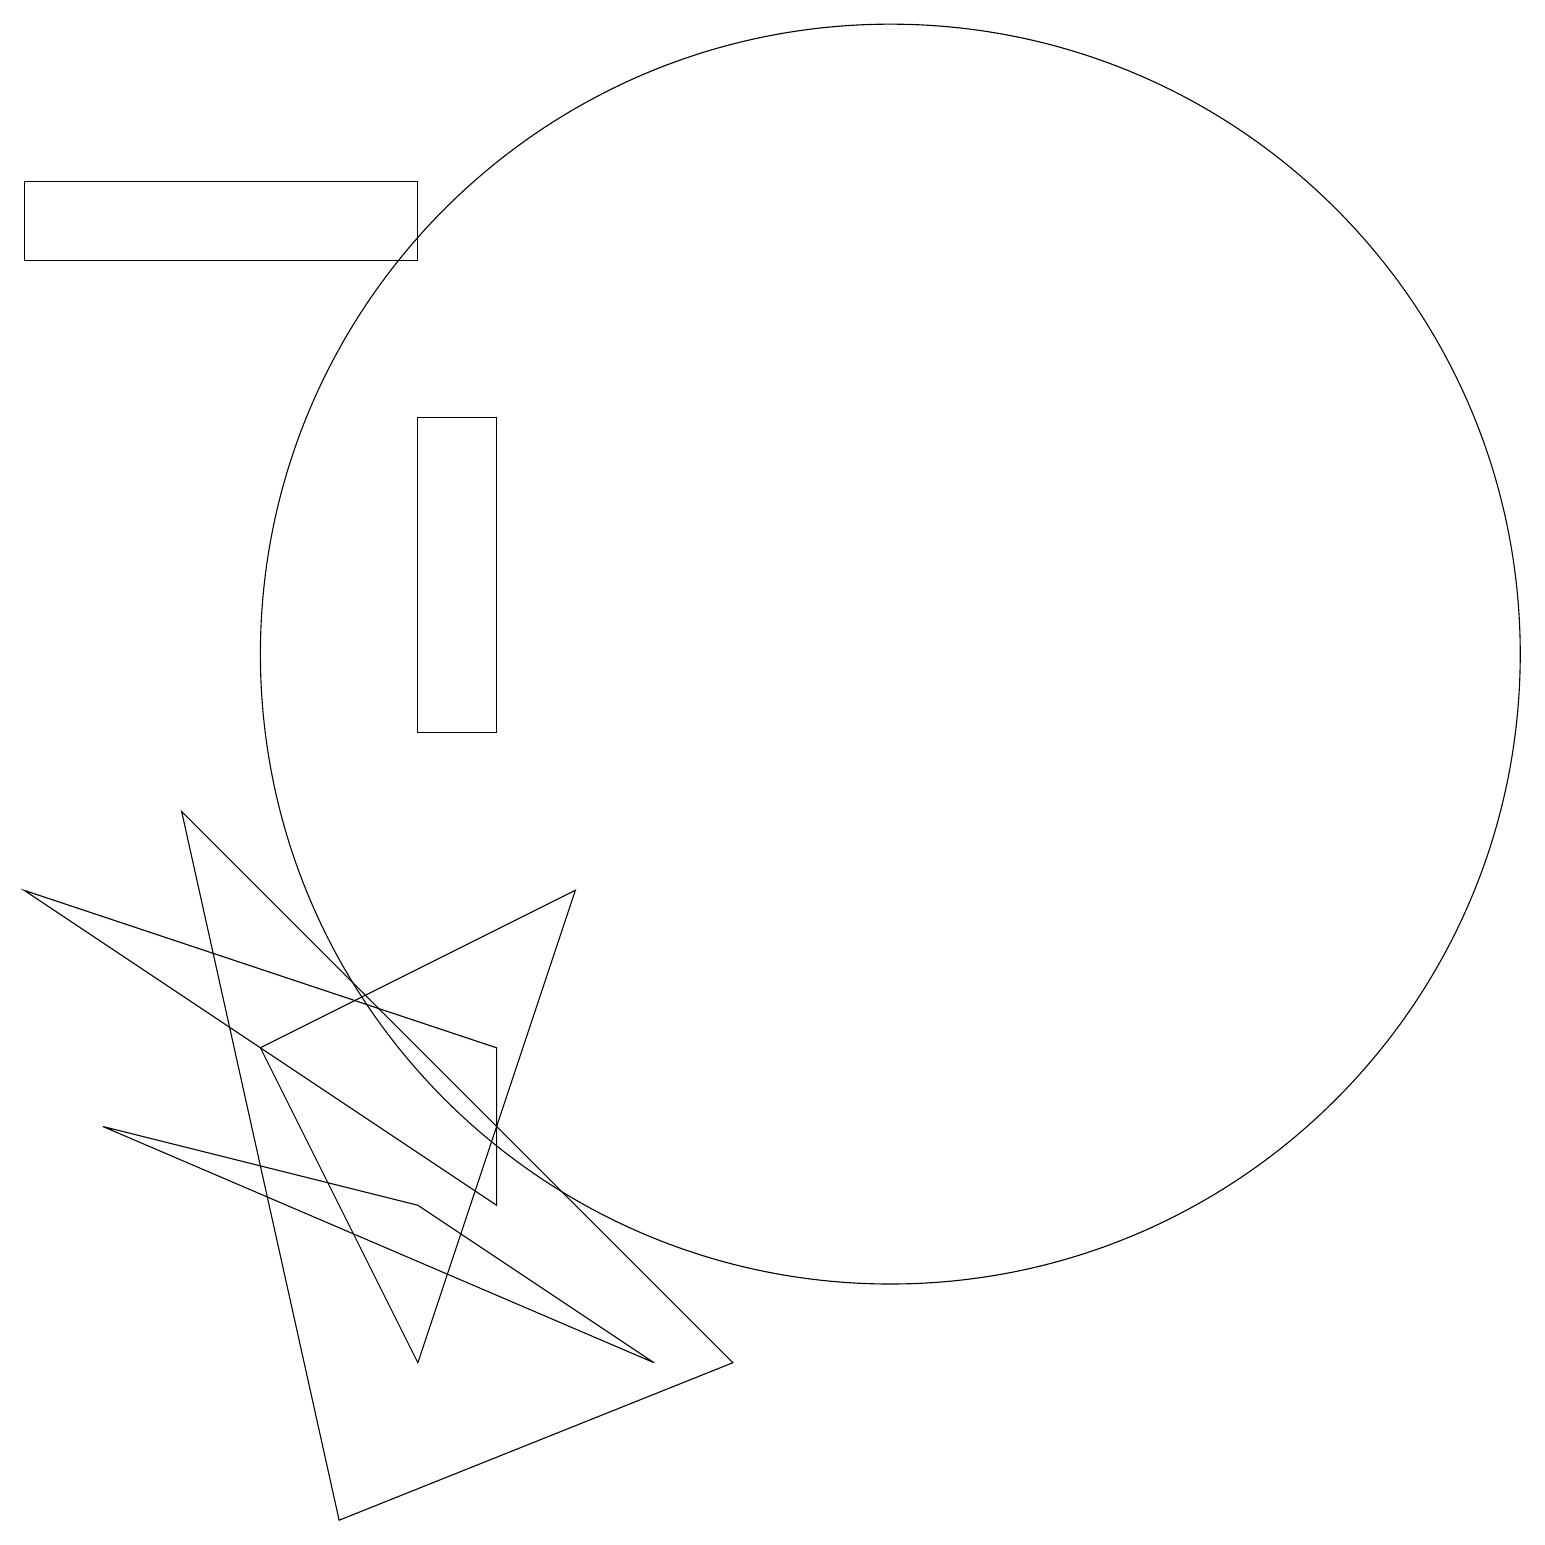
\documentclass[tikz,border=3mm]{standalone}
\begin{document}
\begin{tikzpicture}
\draw (0,17) rectangle (5,16);
\draw (8,2) -- (5,4) -- (1,5) -- cycle;
\draw (4,0) -- (9,2) -- (2,9) -- cycle;
\draw (6,4) -- (6,6) -- (0,8) -- cycle;
\draw (5,2) -- (3,6) -- (7,8) -- cycle;
\draw (11,11) circle (8);
\draw (5,14) rectangle (6,10);
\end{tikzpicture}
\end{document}